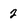
Character: 2